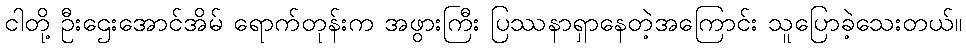
ငါတို့ ဦးဌေးအောင်အိမ် ရောက်တုန်းက အဖွားကြီး ပြဿနာရှာနေတဲ့အကြောင်း သူပြောခဲ့သေးတယ်။